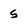
Character: 5